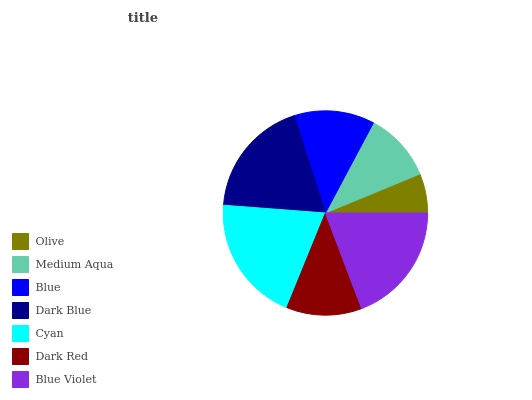
| Olive | Medium Aqua | Blue | Dark Blue | Cyan | Dark Red | Blue Violet |
 | --- | --- | --- | --- | --- | --- | --- |
 | 6.23% | 11% | 12.7% | 18.9% | 20% | 11.9% | 19.2% |